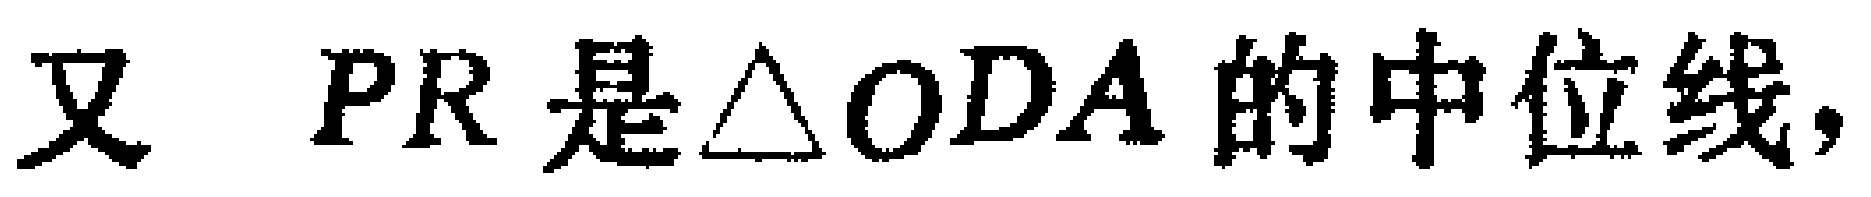
又 \(PR\) 是\(\triangle ODA\)的中位线，